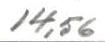
14,56